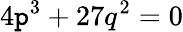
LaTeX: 4\mathtt{p}^{3}+27q^{2}=0